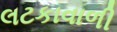
લટકાવાળી